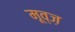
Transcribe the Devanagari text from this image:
मूव्ज़